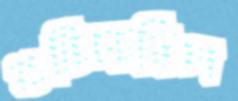
গুটিয়েছিল